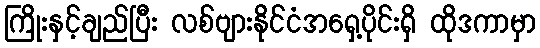
ကြိုးနှင့်ချည်ပြီး လစ်ဗျားနိုင်ငံအရှေ့ပိုင်းရှိ ထိုဒကာမှာ